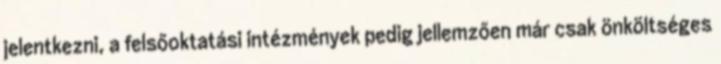
jelentkezni, a felsőoktatási intézmények pedig jellemzően már csak önköltséges